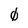
Character: 0